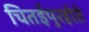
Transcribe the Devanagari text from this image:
चितईपुरहोते